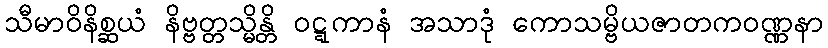
သီမာဝိနိစ္ဆယံ နိဗ္ဗတ္တသ္မိန္တိ ဝဋ္ဋကာနံ အသာဒုံ ကောသမ္ဗိယဇာတကဝဏ္ဏနာ